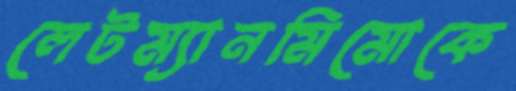
লেটম্যানমিমোকে